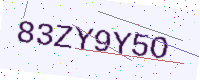
Text: 83ZY9Y5O